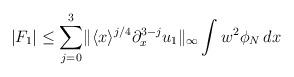
LaTeX: \begin{align*}|F_1|\le \underset{j=0}{\overset{3}{\sum}} \|\langle x\rangle ^{j/4}\partial_x^{3-j} u_1\|_{\infty} \int w^2 \phi_N\,dx\end{align*}